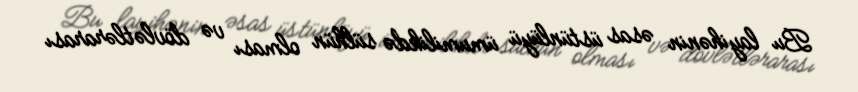
Bu layihənin əsas üstünlüyü ümumilikdə sülhün olması və dövlətlərarası